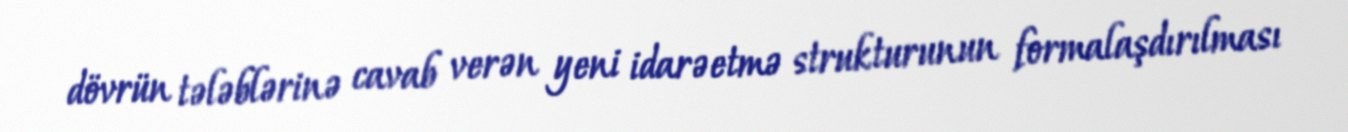
dövrün tələblərinə cavab verən yeni idarəetmə strukturunun formalaşdırılması